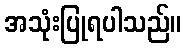
အသုံးပြုရပါသည်။